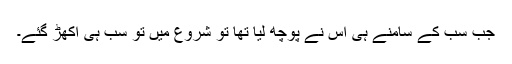
جب سب کے سامنے ہی اس نے پوچھ لیا تھا تو شروع میں تو سب ہی اکھڑ گئے۔